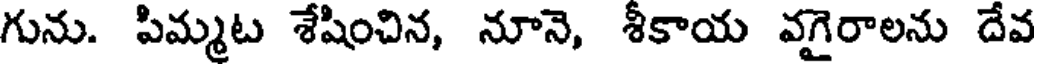
గును. పిమ్మట శేషించిన, నూనె, శీకాయ వగైరాలను దేవ